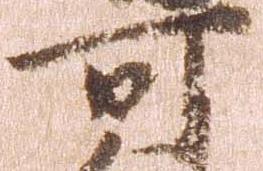
可